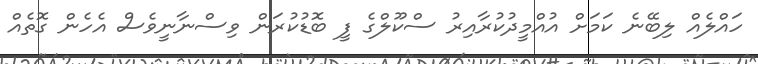
ހައްލެއް ލިބޭނެ ކަމަށް އުއްމީދުކުރާއިރު ސްކޫލްގެ ފީ ބޮޑުކުރަން ވިސްނާނީވެސް އެހެން ގޮތެއް